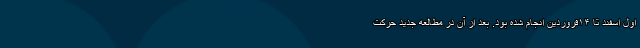
اول اسفند تا ۱۴فروردین انجام شده بود. بعد از آن در مطالعه جدید حرکت